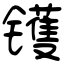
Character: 镬